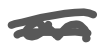
Text: an
Cross-out: double-line
Writing tool: digital_gray